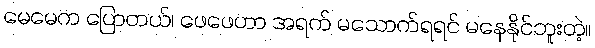
မေမေက ပြောတယ်၊ ဖေဖေဟာ အရက် မသောက်ရရင် မနေနိုင်ဘူးတဲ့။